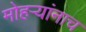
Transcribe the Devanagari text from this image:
मोहऱ्यांनाच